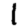
Digit: 1